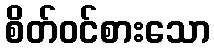
စိတ်ဝင်စားသော